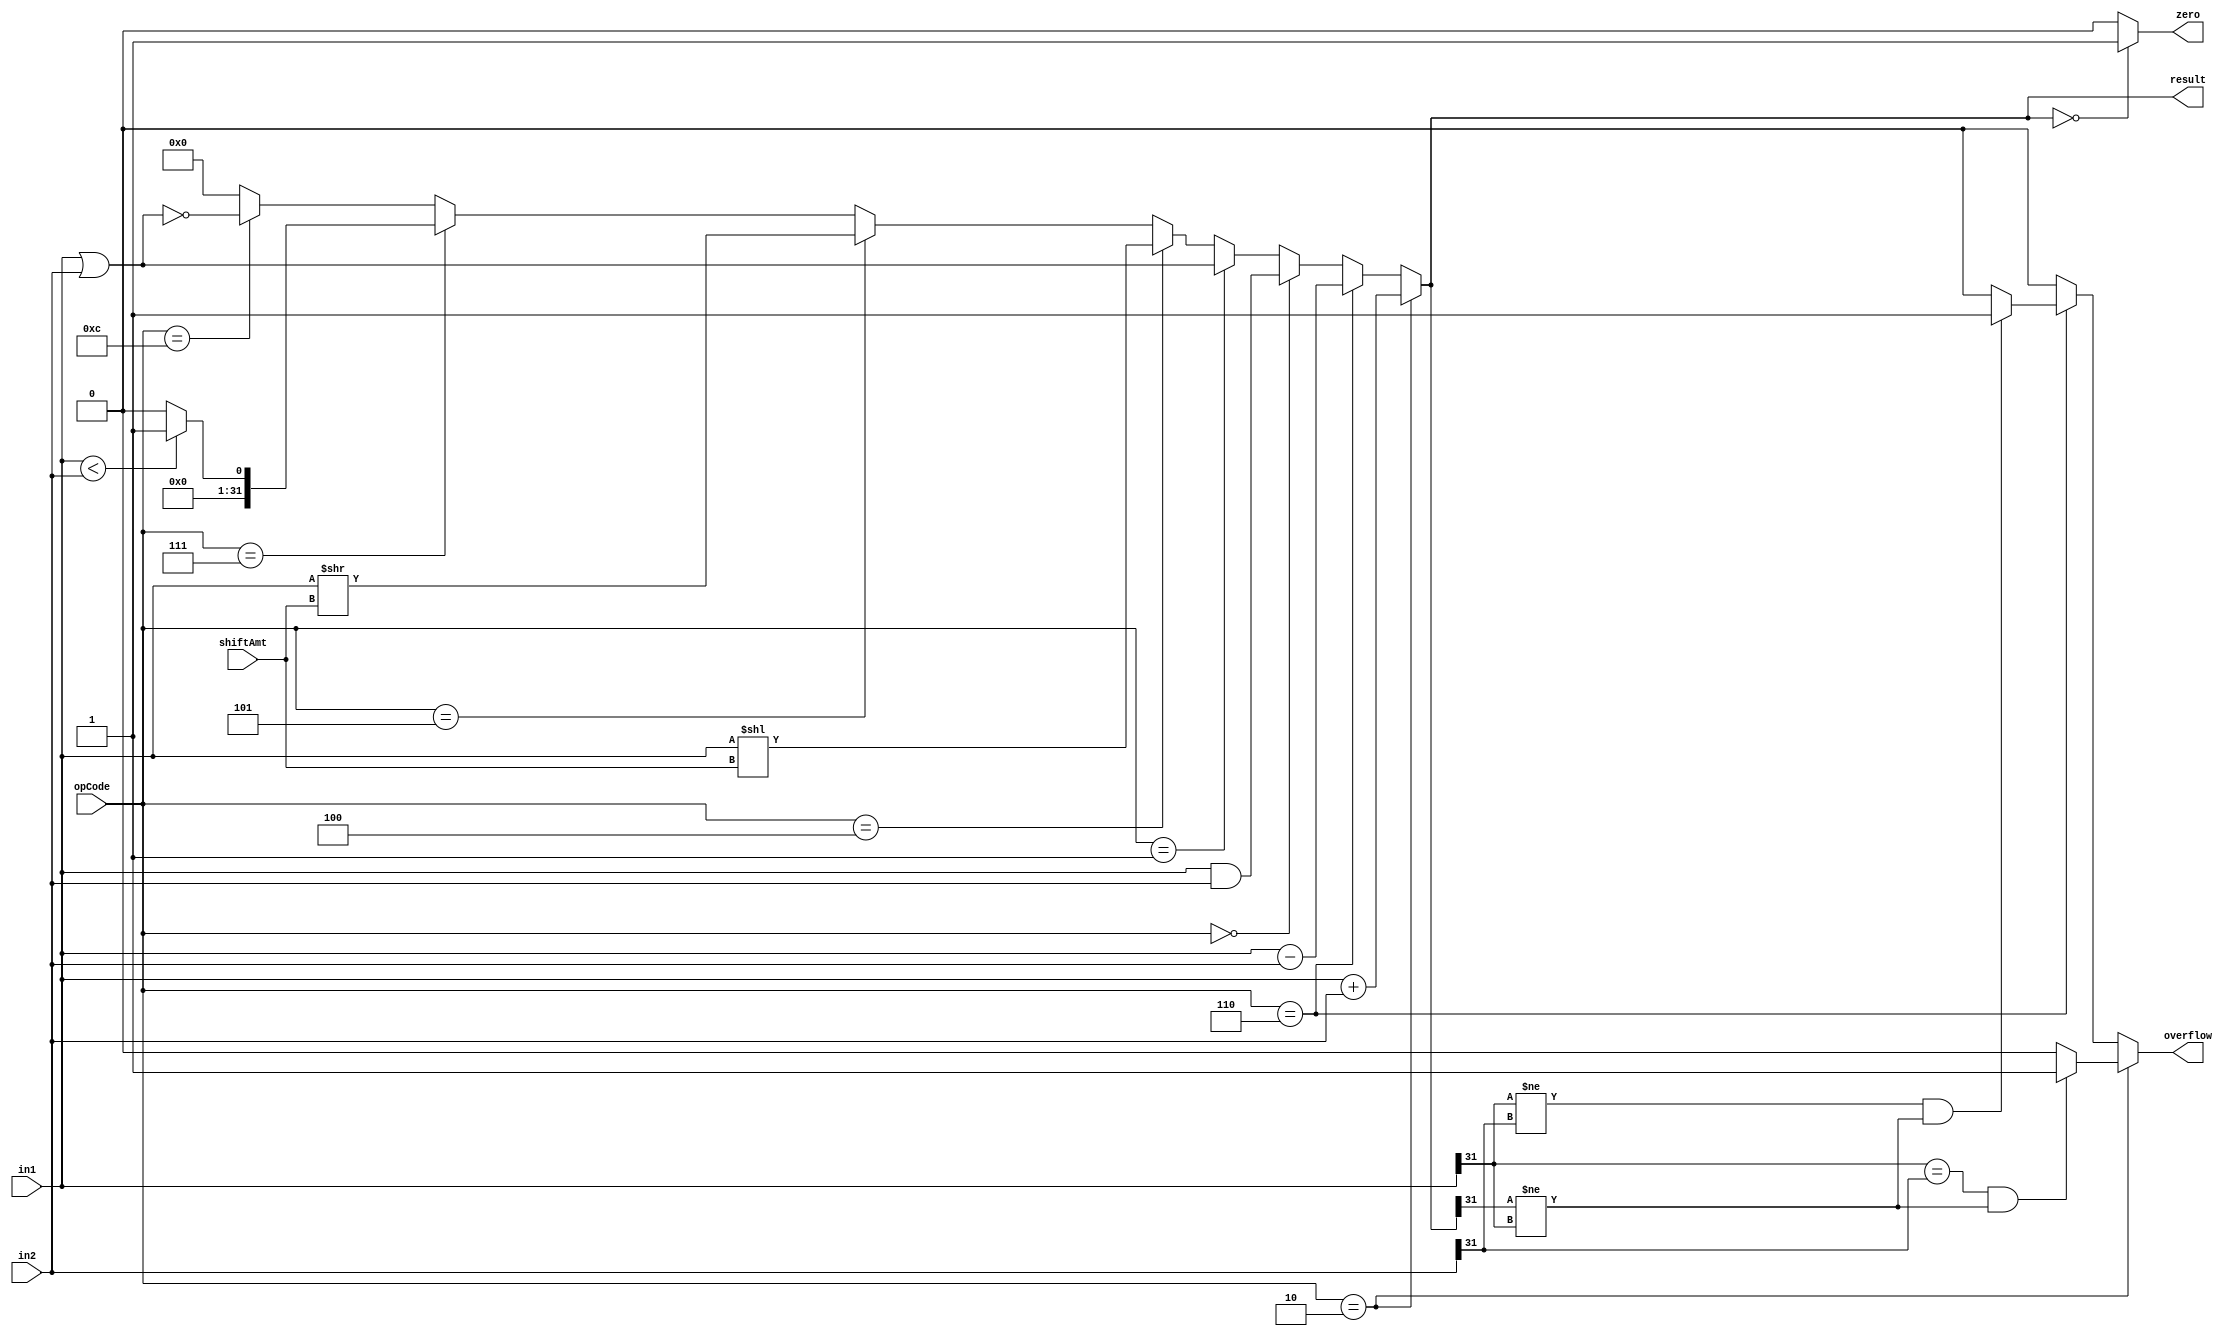
module alu (input signed [31:0] in1, input signed [31:0] in2, input [3:0] opCode, input [4:0] shiftAmt, output signed [31:0] result, output overflow, output zero);

	parameter AND = 4'b0000,
		  OR  = 4'b0001,
		  ADD = 4'b0010,
		  SUB = 4'b0110,
		  SLL = 4'b0100,
		  SRL = 4'b0101,
		  SLT = 4'b0111,
		  NOR = 4'b1100,

		  TRUE   = 1'b1,
		  FALSE  = 1'b0;

	assign result = opCode == ADD ? in1 + in2 :
			opCode == SUB ? in1 - in2 :
			opCode == AND ? in1 & in2 :
			opCode == OR  ? in1 | in2 :
			opCode == SLL ? in1 << shiftAmt :
			opCode == SRL ? in1 >> shiftAmt :
			opCode == SLT ? in1 < in2 ? TRUE : FALSE :
			opCode == NOR ? ~(in1 | in2) : 0;

	assign overflow = opCode == ADD ? (in1[31] == in2[31] && result[31] != in1[31]) ? TRUE : FALSE :
			  opCode == SUB ? (in1[31] != in2[31] && result[31] != in1[31]) ? TRUE : FALSE : FALSE;

	assign zero = result == 0 ? TRUE : FALSE;

endmodule

module alu_tb;

	reg signed [31:0] in1;
	reg signed [31:0] in2;
	reg [3:0] opCode;
	reg [4:0] shiftAmt;
	wire signed [31:0] result;
	wire overflow;
	wire zero;

	parameter AND = 4'b0000,
		  OR  = 4'b0001,
		  ADD = 4'b0010,
		  SUB = 4'b0110,
		  SLL = 4'b0100,
		  SRL = 4'b0101,
		  SLT = 4'b0111,
		  NOR = 4'b1100;

	initial begin

		// $monitor ("in1:%d in2:%d opCode:%d shiftAmt:%d result:%d", in1, in2, opCode, shiftAmt, result);
		$monitor ("result = %d!", zero);

		shiftAmt = 0;
		#10 opCode = ADD; in1 = 5; in2 = 7; #2 $display ("%d + %d = %d with overflow = %d", in1, in2, result, overflow);
		#10 in1 = -5; in2 = -7; #2 $display ("%d + %d = %d with overflow = %d", in1, in2, result, overflow);
		#10 in1 = -5; in2 = 7; #2 $display ("%d + %d = %d with overflow = %d", in1, in2, result, overflow);
		#10 in1 = 5; in2 = -7; #2 $display ("%d + %d = %d with overflow = %d", in1, in2, result, overflow);
		#10 in1 = 2147483647; in2 = 2147483647; #2 $display ("%d + %d = %d with overflow = %d", in1, in2, result, overflow);
		#10 in1 = -2147483647; in2 = -2147483647; #2 $display ("%d + %d = %d with overflow = %d", in1, in2, result, overflow);
		#10 in1 = 32'h80000000; in2 = 32'h80000000; #2 $display ("%d + %d = %d with overflow = %d", in1, in2, result, overflow);
		#10 in1 = 32'h80000000-1; in2 = 3; #2 $display ("%d + %d = %d with overflow = %d", in1, in2, result, overflow);
		#10 in1 = 32'h80000000; in2 = -1; #2 $display ("%d + %d = %d with overflow = %d", in1, in2, result, overflow);
		#10 in1 = 32'h80000000-1; in2 = -9; #2 $display ("%d + %d = %d with overflow = %d", in1, in2, result, overflow);

		#10 opCode = SUB; in1 = 5; in2 = 7; #2 $display ("%d - %d = %d with overflow = %d", in1, in2, result, overflow);
		#10 in1 = -5; in2 = -7; #2 $display ("%d - %d = %d with overflow = %d", in1, in2, result, overflow);
		#10 in1 = -5; in2 = 7; #2 $display ("%d - %d = %d with overflow = %d", in1, in2, result, overflow);
		#10 in1 = 5; in2 = -7; #2 $display ("%d - %d = %d with overflow = %d", in1, in2, result, overflow);
		#10 in1 = 2147483647; in2 = -2147483648; #2 $display ("%d - %d = %d with overflow = %d", in1, in2, result, overflow);
		#10 in1 = -2147483648; in2 = 2147483647; #2 $display ("%d - %d = %d with overflow = %d", in1, in2, result, overflow);
		#10 in1 = 32'h80000000; in2 = 32'h80000000; #2 $display ("%d - %d = %d with overflow = %d", in1, in2, result, overflow);
		#10 in1 = 32'h80000000-1; in2 = -3; #2 $display ("%d - %d = %d with overflow = %d", in1, in2, result, overflow);
		#10 in1 = 32'h80000000; in2 = -1; #2 $display ("%d - %d = %d with overflow = %d", in1, in2, result, overflow);
		#10 in1 = 32'h80000000-1; in2 = -9; #2 $display ("%d - %d = %d with overflow = %d", in1, in2, result, overflow);

		#10 opCode = AND; in1 = 1; in2 = 1; #2 $display ("%d & %d = %d", in1, in2, result);
		#10 in2 = 0; #2 $display ("%d & %d = %d", in1, in2, result);
		#10 in1 = 0; #2 $display ("%d & %d = %d", in1, in2, result);
		#10 in2 = 1; #2 $display ("%d & %d = %d", in1, in2, result);

		#10 opCode = OR; in1 = 1; #2 $display ("%d | %d = %d", in1, in2, result);
		#10 in2 = 0; #2 $display ("%d | %d = %d", in1, in2, result);
		#10 in1 = 0; #2 $display ("%d | %d = %d", in1, in2, result);
		#10 in2 = 1; #2 $display ("%d | %d = %d", in1, in2, result);

		#10 opCode = SLL; in1 = 1; shiftAmt = 1; #2 $display ("%b << %d = %b", in1, shiftAmt, result);
		#10 in1 = 2; shiftAmt = 2; #2 $display ("%b << %d = %b", in1, shiftAmt, result);
		#10 in1 = 4; shiftAmt = 3; #2 $display ("%b << %d = %b", in1, shiftAmt, result);
		#10 in1 = 8; shiftAmt = 4; #2 $display ("%b << %d = %b", in1, shiftAmt, result);

		#10 opCode = SRL; in1 = 16; shiftAmt = 1; #2 $display ("%b >> %d = %b", in1, shiftAmt, result);
		#10 in1 = 2; #2 $display ("%b >> %d = %b", in1, shiftAmt, result);
		#10 in1 = 4; shiftAmt = 3; #2 $display ("%b >> %d = %b", in1, shiftAmt, result);
		#10 in1 = 8; shiftAmt = 4; #2 $display ("%b >> %d = %b", in1, shiftAmt, result);
		#10 in1 = -16; shiftAmt = 1; #2 $display ("%b >> %d = %b", in1, shiftAmt, result);

		#10 opCode = SLT; in1 = 16; in2 = 7; #2 $display ("%d < %d = %d", in1, in2, result);
		#10 in1 = -16; in2 = -7; #2 $display ("%d < %d = %d", in1, in2, result);
		#10 in1 = -16; in2 = 7; #2 $display ("%d < %d = %d", in1, in2, result);
		#10 in1 = 16; in2 = -7; #2 $display ("%d < %d = %d", in1, in2, result);

		#10 opCode = NOR; in1 = 1; in2 = 1; #2 $display ("%d & %d = %d", in1, in2, result);
		#10 in2 = 0; #2 $display ("%d & %d = %d", in1, in2, result);
		#10 in1 = 0; #2 $display ("%d & %d = %d", in1, in2, result);
		#10 in2 = 1; #2 $display ("%d & %d = %d", in1, in2, result);

	end

	alu alu1 (in1, in2, opCode, shiftAmt, result, overflow, zero);

endmodule